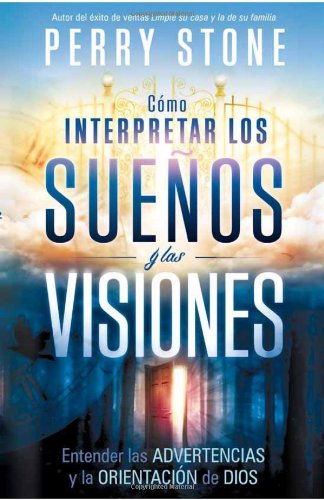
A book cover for Como interpretar los suenos y las visiones: Entender las advertencias y la orientacion de Dios (Spanish Edition); Perry Stone; Self-Help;